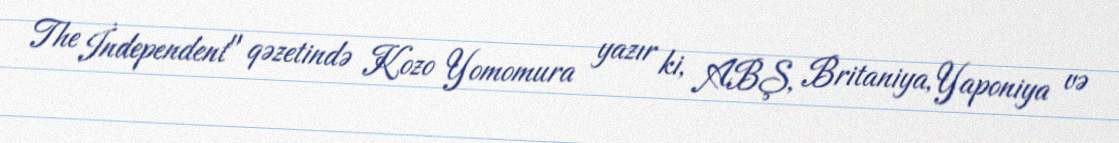
The İndependent" qəzetində Kozo Yomomura yazır ki, ABŞ, Britaniya, Yaponiya və